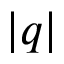
| q |